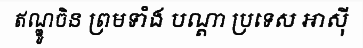
ឥណ្ឌូចិន ព្រមទាំង បណ្តា ប្រទេស អាស៊ី